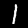
Label: 1